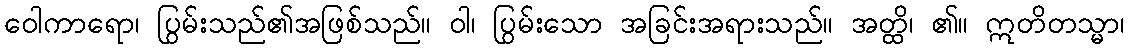
ဝေါကာရော၊ ပြွမ်းသည်၏အဖြစ်သည်။ ဝါ၊ ပြွမ်းသော အခြင်းအရားသည်။ အတ္ထိ၊ ၏။ ဣတိတသ္မာ၊